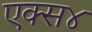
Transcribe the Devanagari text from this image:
एक्स४